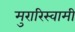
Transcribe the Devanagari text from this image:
मुरारिस्वामी